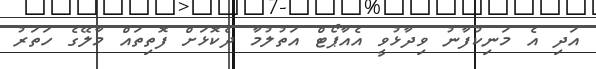
އަދި އެ މަނިކުފާނު ވިދާޅުވީ އެއާޕޯޓް އަތުލުމާ ދެކޮޅަށް ފޮތިތައް މާލޭގެ ހަތަރު